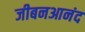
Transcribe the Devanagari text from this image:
जीबनआनंद